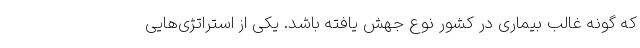
که گونه غالب بیماری در کشور نوع جهش یافته باشد. یکی از استراتژی‌هایی